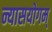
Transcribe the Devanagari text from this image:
न्यासयोगम्